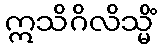
ဣသိဂိလိသ္မိံ